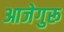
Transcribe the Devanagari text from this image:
आजेगुरू